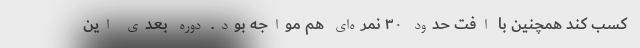
کسب کند همچنین با افت حدود ۳۰ نمره‌ای هم مواجه بود. دوره بعدی این